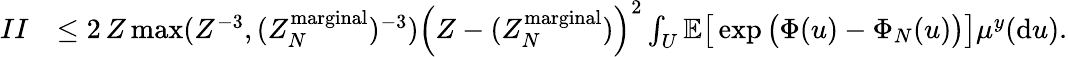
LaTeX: \begin{array}{rl}{II}&{\leq 2\, Z\operatorname*{max}(Z^{-3},(Z_{N}^{\mathrm{marginal}})^{-3})\left(Z-(Z_{N}^{\mathrm{marginal}})\right)^{2}\int_{U}\mathbb{E}\big[\exp\big(\Phi(u)-\Phi_{N}(u)\big)\big]\mu^{y}(\mathrm{d}u).}\end{array}